Lunatic asylums Punjab 1868-1880 - 1868-1880
Year: 1868
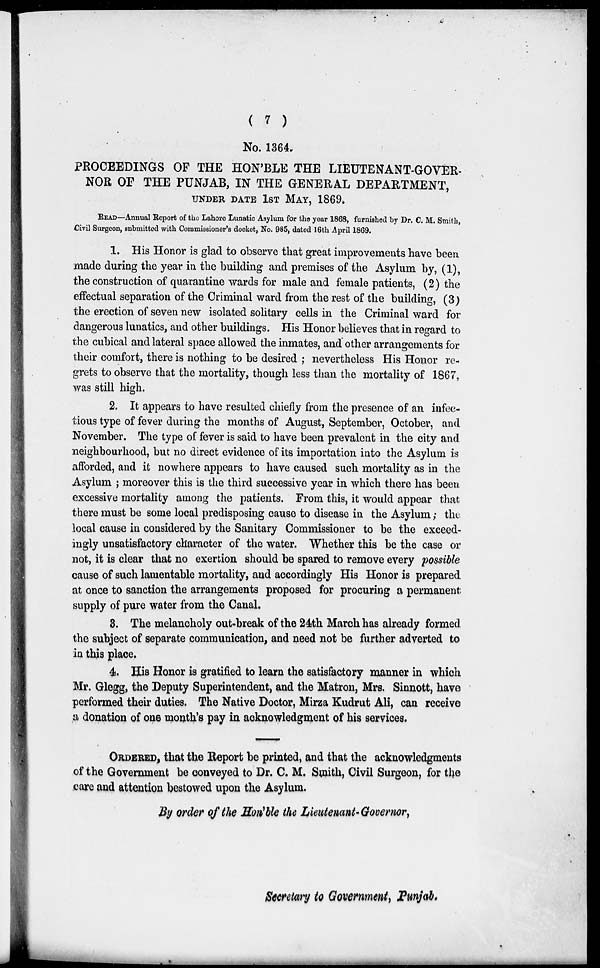
( 7 )
No. 1364.
PROCEEDINGS OF THE HON'BLE THE LIEUTENANT-GOVER-
NOR OF THE PUNJAB, IN THE GENERAL DEPARTMENT,
UNDER DATE 1ST MAY, 1869.
READ—Annual Report of the Lahore Lunatic Asylum for the year 1868, furnished by Dr. C. M. Smith,
Civil Surgeon, submitted with Commissioner's docket, No. 985, dated 16th April 1869.
1. His Honor is glad to observe that great improvements have been
made during the year in the building and premises of the Asylum by, (1),
the construction of quarantine wards for male and female patients, (2) the
effectual separation of the Criminal ward from the rest of the building, (3)
the erection of seven new isolated solitary cells in the Criminal ward for
dangerous lunatics, and other buildings. His Honor believes that in regard to
the cubical and lateral space allowed the inmates, and other arrangements for
their comfort, there is nothing to be desired ; nevertheless His Honor re-
grets to observe that the mortality, though less than the mortality of 1867,
was still high.
2. It appears to have resulted chiefly from the presence of an infec-
tious type of fever during the months of August, September, October, and
November. The type of fever is said to have been prevalent in the city and
neighbourhood, but no direct evidence of its importation into the Asylum is
afforded, and it nowhere appears to have caused such mortality as in the
Asylum ; moreover this is the third successive year in which there has been
excessive mortality among the patients. From this, it would appear that
there must be some local predisposing cause to disease in the Asylum ; the
local cause in considered by the Sanitary Commissioner to be the exceed-
ingly unsatisfactory character of the water. Whether this be the case or
not, it is clear that no exertion should be spared to remove every possible
cause of such lamentable mortality, and accordingly His Honor is prepared
at once to sanction the arrangements proposed for procuring a permanent
supply of pure water from the Canal.
3. The melancholy out-break of the 24th March has already formed
the subject of separate communication, and need not be further adverted to
in this place.
4. His Honor is gratified to learn the satisfactory manner in which
Mr. Glegg, the Deputy Superintendent, and the Matron, Mrs. Sinnott, have
performed their duties. The Native Doctor, Mirza Kudrut Ali, can receive
a donation of one month's pay in acknowledgment of his services.
ORDERED, that the Report be printed, and that the acknowledgments
of the Government be conveyed to Dr. C. M. Smith, Civil Surgeon, for the
care and attention bestowed upon the Asylum.
By order of the Hon'ble the Lieutenant-Governor,
Secretary to Government, Punjab.